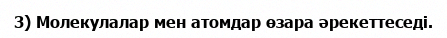
3) Молекулалар мен атомдар өзара әрекеттеседі.